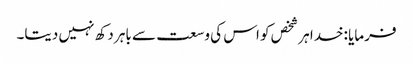
فرمایا :خدا ہر شخص کو اس کی وسعت سے باہر دکھ نہیں دیتا۔